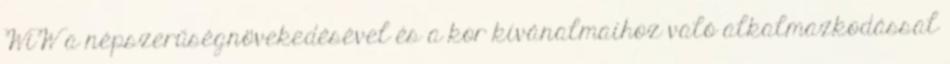
WiW a népszerűségnövekedésével és a kor kívánalmaihoz való alkalmazkodással